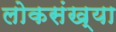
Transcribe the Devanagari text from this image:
लोकसंख्‍या